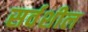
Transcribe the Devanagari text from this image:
सर्वशील